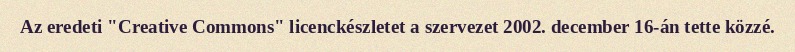
Az eredeti "Creative Commons" licenckészletet a szervezet 2002. december 16-án tette közzé.